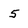
Character: 5